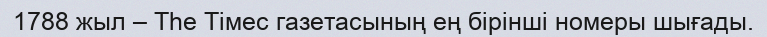
1788 жыл – Тһе Тімес газетасының ең бірінші номеры шығады.